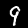
Label: 9